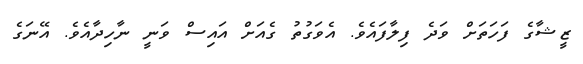
ޒީޝާގެ ފަހަތަށް ވަދެ ފިލާފައެވެ. އެވަގުތު ގެއަށް އައިސް ވަނީ ނާހިދާއެވެ. އޭނަގެ